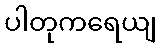
ပါတုကရေယျ